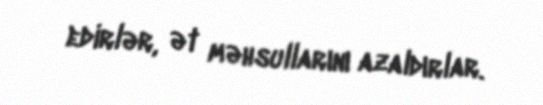
edirlər, ət məhsullarını azaldırlar.